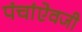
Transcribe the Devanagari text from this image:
पंचांऐवजी